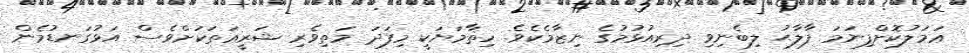
ޢަމަލުކޮށްފިނަމަ ފާލާޙު ލިބެނިވި ދިރިއުޅުމުގެ ނިޒާމެކެވެ. ހިތާމަޔަކީ މިފަދަ މަތިވެރި ޝަރީޢަތަކަށްވެސް އަޅުގަނޑުމެން